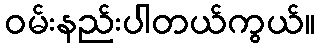
ဝမ်းနည်းပါတယ်ကွယ်။